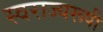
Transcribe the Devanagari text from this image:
स्वराज्यरूपी